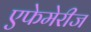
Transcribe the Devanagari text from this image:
एफेमेरीज